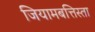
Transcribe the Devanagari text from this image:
जियामबत्तिस्ता